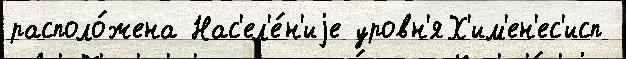
располо́жена Нас'ел'е́н'иjе уровн'яХ'им'ен'ес'исп